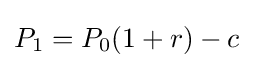
P_{1}=P_{0}(1+r)-c